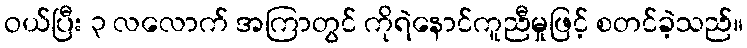
ဝယ်ပြီး ၃ လလောက် အကြာတွင် ကိုရဲနောင်ကူညီမှုဖြင့် စတင်ခဲ့သည်။